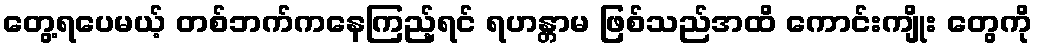
တွေ့ရပေမယ့် တစ်ဘက်ကနေကြည့်ရင် ရဟန္တာမ ဖြစ်သည်အထိ ကောင်းကျိုး တွေကို